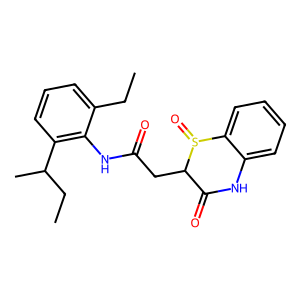
SMILES: CCc1cccc(C(C)CC)c1NC(=O)CC1C(=O)Nc2ccccc2S1=O
Inhibits HIV replication: No